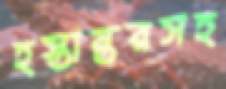
হস্তান্তরসহ